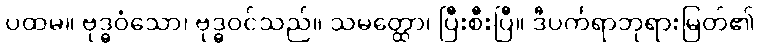
ပထမ။ ဗုဒ္ဓဝံသော၊ ဗုဒ္ဓဝင်သည်။ သမတ္ထော၊ ပြီးစီးပြီ။ ဒီပင်္ကရာဘုရားမြတ်၏